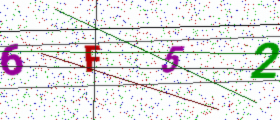
Text: 6F52